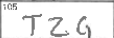
Transcription: TZG